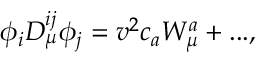
\phi _ { i } D _ { \mu } ^ { i j } \phi _ { j } = v ^ { 2 } c _ { a } W _ { \mu } ^ { a } + . . . ,